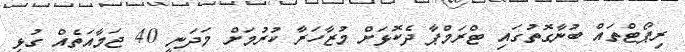
ރިޕޯޓްތައް ބުނާގޮތުގައި ޓްރަމްޕާ ދެކޮޅަށް މުޒާހަރާ ކުރުމަށް މަދަނީ 40 ޖަމާއަތެއް ގުޅި